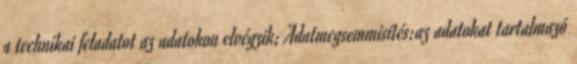
a technikai feladatot az adatokon elvégzik; Adatmegsemmisítés:az adatokat tartalmazó